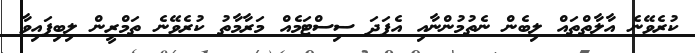
ކުރެވޭނެ އާލާތްތައް ލިބެން ނެތުމުންނާއި އެފަދަ ސިސްޓަމެއް މަރާމާތު ކުރެވޭނެ ތަމްރީން ލިބިފައިވާ